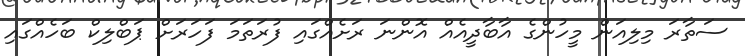
ސަތާރަ މިލިއަން މީހުންގެ އާބާދީއެއް އޮންނަ ރަށެއްގައި ފުރަތަމަ ފަހަރަށް ޕަބްލިކް ބަހެއްގައި